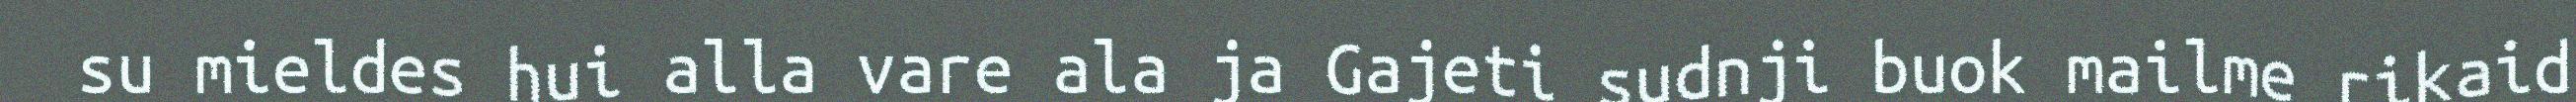
su mieldes hui alla vare ala ja Gajeti sudnji buok mailme rikaid